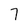
Character: 7